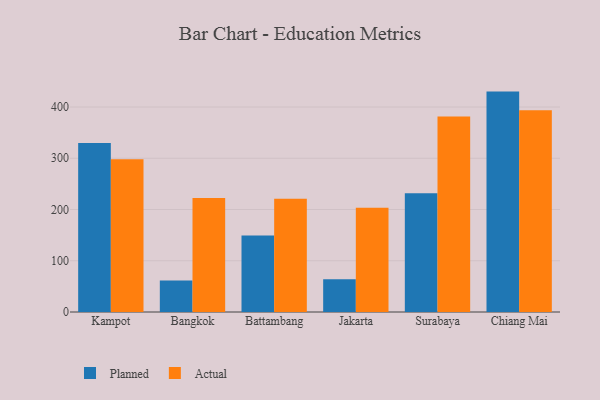
{"axis": {"x": "City", "y": "Backlog"}, "legend": ["Actual", "Planned"], "data": [{"x": "Kampot", "y": 329.9, "type": "Planned"}, {"x": "Kampot", "y": 297.9, "type": "Actual"}, {"x": "Bangkok", "y": 61.7, "type": "Planned"}, {"x": "Bangkok", "y": 222.7, "type": "Actual"}, {"x": "Battambang", "y": 149.3, "type": "Planned"}, {"x": "Battambang", "y": 221.1, "type": "Actual"}, {"x": "Jakarta", "y": 64.1, "type": "Planned"}, {"x": "Jakarta", "y": 203.5, "type": "Actual"}, {"x": "Surabaya", "y": 231.6, "type": "Planned"}, {"x": "Surabaya", "y": 381.4, "type": "Actual"}, {"x": "Chiang Mai", "y": 430.1, "type": "Planned"}, {"x": "Chiang Mai", "y": 393.5, "type": "Actual"}]}